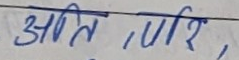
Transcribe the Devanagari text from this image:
अति, परि